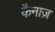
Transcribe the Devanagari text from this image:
कैनाज़